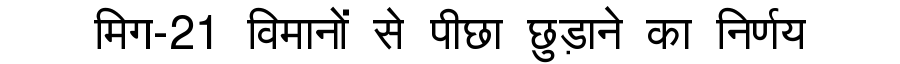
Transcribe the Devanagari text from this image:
मिग-21 विमानों से पीछा छुड़ाने का निर्णय